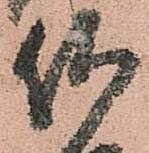
何